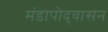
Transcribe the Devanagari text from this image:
मंडापोद्‌वासन